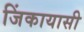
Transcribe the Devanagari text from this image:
जिंकायासी